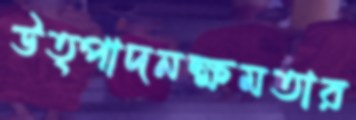
উত্পাদনক্ষমতার